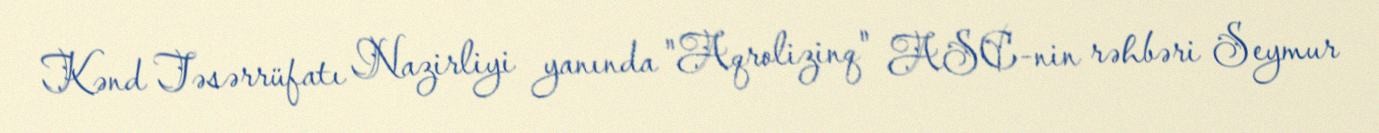
Kənd Təsərrüfatı Nazirliyi yanında "Aqrolizinq" ASC-nin rəhbəri Seymur